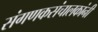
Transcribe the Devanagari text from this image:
संगणकसंचालकांनी